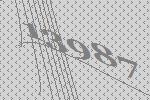
13987